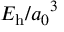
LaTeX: E _ { \mathrm { h } } / { a _ { 0 } } ^ { 3 }